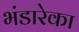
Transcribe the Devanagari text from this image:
भंडारेका